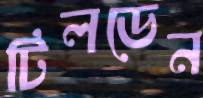
টিলডেন